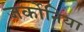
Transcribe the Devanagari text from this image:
जर्कोनिया